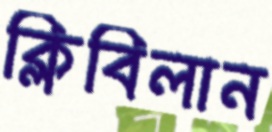
ক্লিবিলান